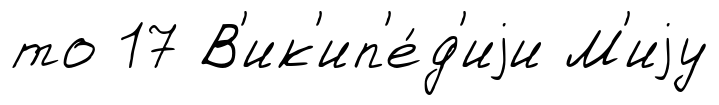
то 17 В'ик'ип'е́д'иjи М'иjу